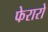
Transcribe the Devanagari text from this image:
फेरारो